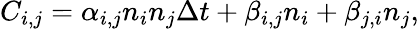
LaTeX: C_{i,j}=\alpha_{i,j}n_{i}n_{j}\Delta t+\beta_{i,j}n_{i}+\beta_{j,i}n_{j},